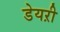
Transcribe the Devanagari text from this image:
डेयऱी